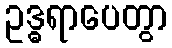
ဥဒ္ဓရာပေတွာ